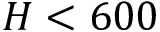
H < 6 0 0